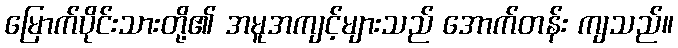
မြောက်ပိုင်းသားတို့၏ အမူအကျင့်များသည် အောက်တန်း ကျသည်။